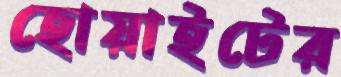
হোয়াইটের